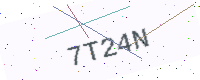
Text: 7T24N